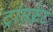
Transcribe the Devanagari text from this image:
ट्रांसफ़्रेट